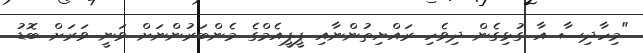
"މިހާދިސާ އާ ގުޅިގެން ދިވެހި ރައްޔިތުންނާއި ޕީޕީއެމްގެ މެންބަރުންނަށް ވަނީ ވަރަށް ބޮޑު